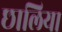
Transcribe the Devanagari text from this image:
छालिया